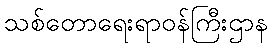
သစ်တောရေးရာဝန်ကြီးဌာန